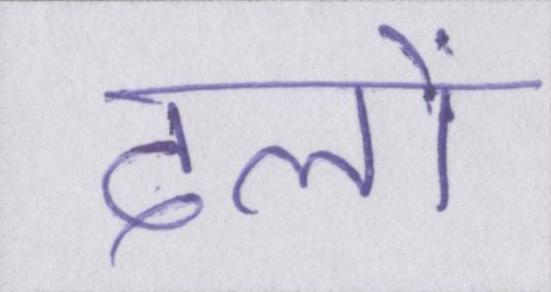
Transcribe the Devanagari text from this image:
दलों